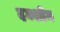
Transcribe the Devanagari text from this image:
दक्शीन